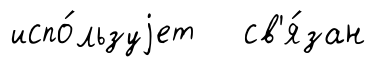
испо́льзуjет св'я́зан